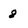
Character: 8